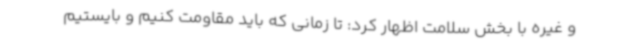
و غیره با بخش سلامت اظهار کرد: تا زمانی که باید مقاومت کنیم و بایستیم